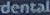
dental